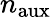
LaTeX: n_{\mathrm{aux}}